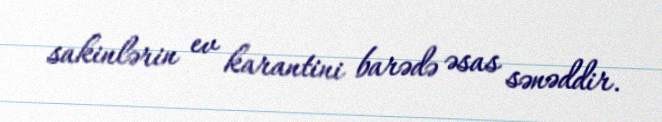
sakinlərin ev karantini barədə əsas sənəddir.